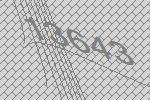
13643